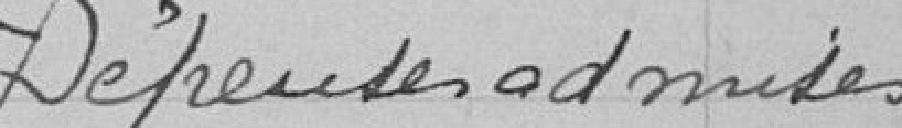
Dépenses admises